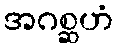
အဂစ္ဆဟံ